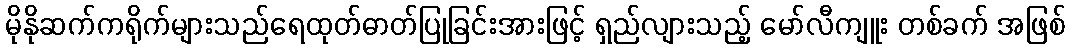
မိုနိုဆက်ကရိုက်များသည်ရေထုတ်ဓာတ်ပြုခြင်းအားဖြင့် ရှည်လျားသည့် မော်လီကျူး တစ်ခက် အဖြစ်